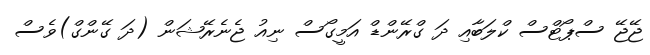
ޖޭޖޭ ސްޕޯޓްސް ކްލަބާއި ދަ ގްރޭންޑް އަމީގޯސް ނިއު ޖެނެރޭޝަން (ދަ ގޭންގް)ވެސް